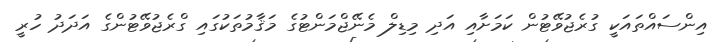
އިންސައްތައަކީ ގުރެޖުވޭޓުން ކަމަށާއި އަދި މިޑިލް މެނޭޖްމަންޓުގެ މަޤާމުތަކުގައި ގްރެޖުވޭޓުންގެ އަދަދު ހުރީ